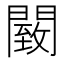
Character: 䦯